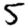
Digit: 5